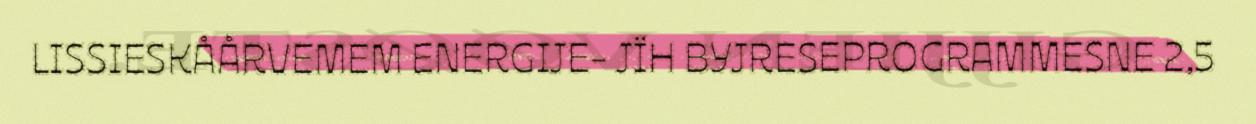
LISSIESKÅÅRVEMEM ENERGIJE- JÏH BYJRESEPROGRAMMESNE 2,5